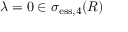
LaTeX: \lambda = 0 \in \sigma _ { \mathrm { e s s } , 4 } ( R )